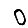
Digit: 0